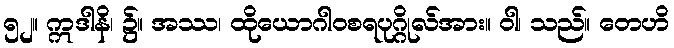
၅၂။ ဣဒါနိ၊ ၌။ အဿ၊ ထိုယောဂါဝစရပုဂ္ဂိုလ်အား။ ဝါ၊ သည်။ တေဟိ